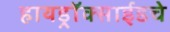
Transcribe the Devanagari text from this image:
हायड्राॅक्साईडचे